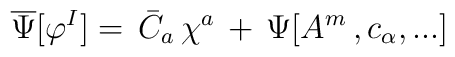
\overline \Psi [\varphi^I ] =\,\bar C_a\,\chi^a\,+\, \Psi [ A^m\,, c_\alpha , ... ]